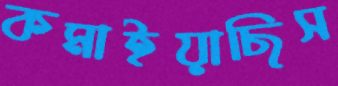
কমাইয়াছিস